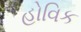
હોવિક